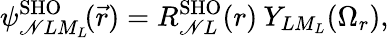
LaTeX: \psi_{\mathscr{N}LM_{L}}^{\mathrm{{SHO}}}\! (\vec{{r}})=R_{\mathscr{N}L}^{\mathrm{{SHO}}}(r)\: Y_{LM_{L}}(\Omega_{r}),